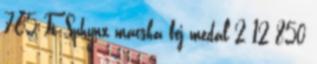
765 Ft Sphynx macska fej medál 2 12 850